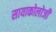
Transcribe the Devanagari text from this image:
सायाकोलोजी